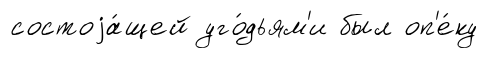
состоjа́щей уго́дьям'и был оп'е́ку